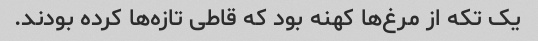
یک تکه از مرغ‌ها کهنه بود که قاطی تازه‌ها کرده بودند.